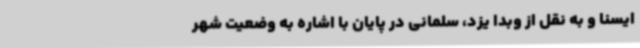
ایسنا و به نقل از وبدا یزد، سلمانی در پایان با اشاره به وضعیت شهر